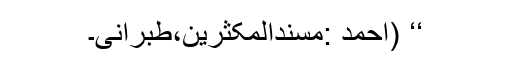
‘‘ (احمد :مسندالمکثرین،طبرانی۔